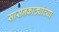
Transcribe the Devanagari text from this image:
सासनकाठ्यांच्या